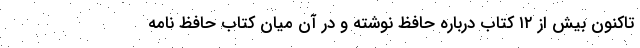
تاکنون بیش از ۱۲ کتاب درباره حافظ نوشته و در آن میان کتاب حافظ نامه